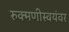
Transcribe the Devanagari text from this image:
रुक्मणीस्वयंवर